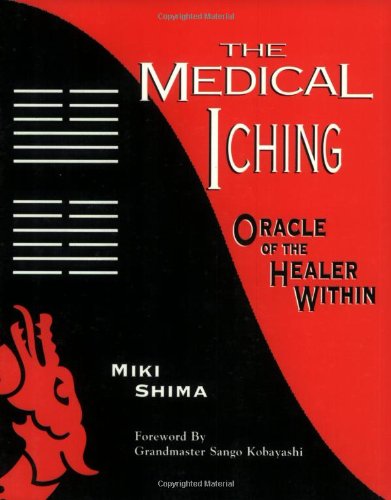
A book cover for The Medical I Ching: Oracle of the Healer Within; Miki Shima; Health, Fitness & Dieting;